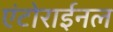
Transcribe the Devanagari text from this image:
एंटोराईनल